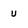
Character: u